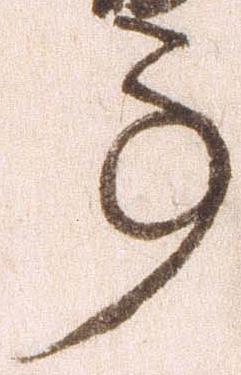
事